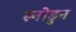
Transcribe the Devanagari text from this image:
स्नोडुन